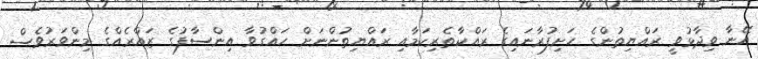
އޭނާ ވިދާޅުވީ ރައްޔިތުންގެ ހަށިފުރާނައިގެ ރައްކާތެރިކަމާއި ރައްޔިތުންނަށް ހައްގުވާ އިންސާފުގެ ޒައްރެެއްގެ މިންވަރުވެސް